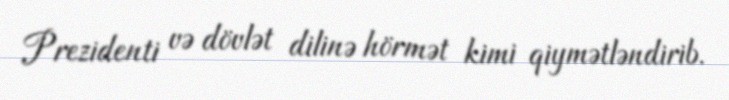
Prezidenti və dövlət dilinə hörmət kimi qiymətləndirib.